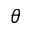
\theta